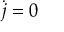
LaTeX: { \dot { j } } = 0